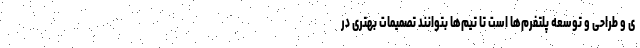
ی و طراحی و توسعه پلتفرم‌ها است تا تیم‌ها بتوانند تصمیمات بهتری در